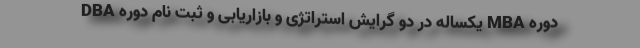
دوره MBA یکساله در دو گرایش استراتژی و بازاریابی و ثبت نام دوره DBA